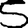
Digit: 5